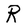
Character: R